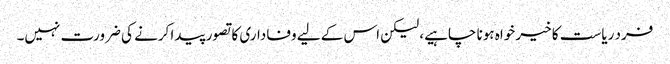
فرد ریاست کا خیر خواہ ہونا چاہیے، لیکن اس کے لیے وفاداری کا تصور پیدا کرنے کی ضرورت نہیں۔